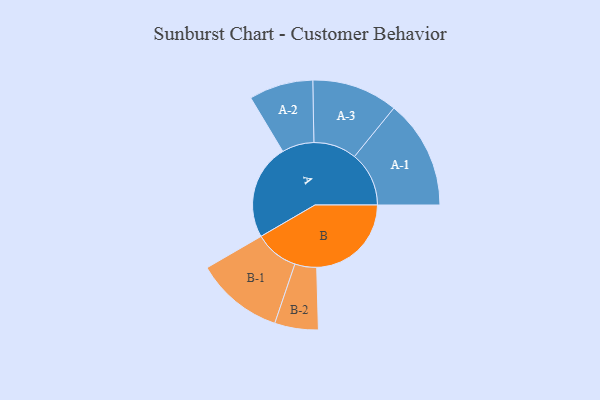
{"axis": {"x": "Segment", "y": "Value"}, "legend": ["", "A", "B"], "data": [{"x": "A", "y": 482, "type": ""}, {"x": "B", "y": 478, "type": ""}, {"x": "A-1", "y": 275, "type": "A"}, {"x": "A-2", "y": 162, "type": "A"}, {"x": "A-3", "y": 217, "type": "A"}, {"x": "B-1", "y": 222, "type": "B"}, {"x": "B-2", "y": 110, "type": "B"}]}